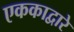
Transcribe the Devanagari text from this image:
एककाद्वारे